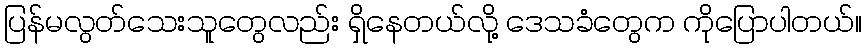
ပြန်မလွတ်သေးသူတွေလည်း ရှိနေတယ်လို့ ဒေသခံတွေက ကိုပြောပါတယ်။